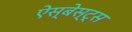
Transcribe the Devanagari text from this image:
ऐस्बेस्ट्स